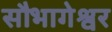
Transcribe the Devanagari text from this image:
सौभागेश्वर